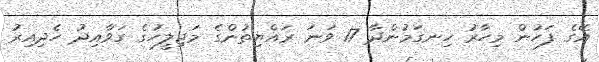
އޭގެ ފަހުން މިހާރު ހިނގަމުންދާ 17 ވަނަ ރައްޔިތުންގެ މަޖިލީހުގެ ގަވާއިދު ހެދިއިރު